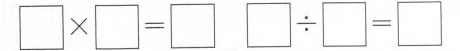
\Box \times \Box= \Box \Box {\div}\Box =\Box (个）